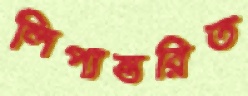
লিপ্যন্তরিত